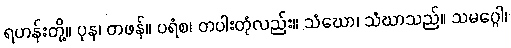
ရဟန်းတို့။ ပုန၊ တဖန်။ ပရံစ၊ တပါးတုံလည်း။ သံဃော၊ သံဃာသည်။ သမဂ္ဂေါ၊